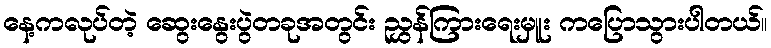
နေ့ကလုပ်တဲ့ ဆွေးနွေးပွဲတခုအတွင်း ညွှန်ကြားရေးမှူး ကပြောသွားပါတယ်။